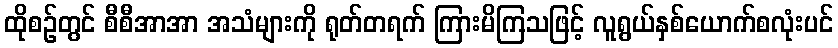
ထိုစဉ်တွင် စီစီအာအာ အသံများကို ရုတ်တရက် ကြားမိကြသဖြင့် လူရွယ်နှစ်ယောက်စလုံးပင်